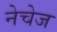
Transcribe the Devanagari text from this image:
नेचेज